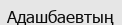
Адашбаевтың